Plague in India, 1896, 1897 - Volume 1
Year: 1896
Disease focus: Plague
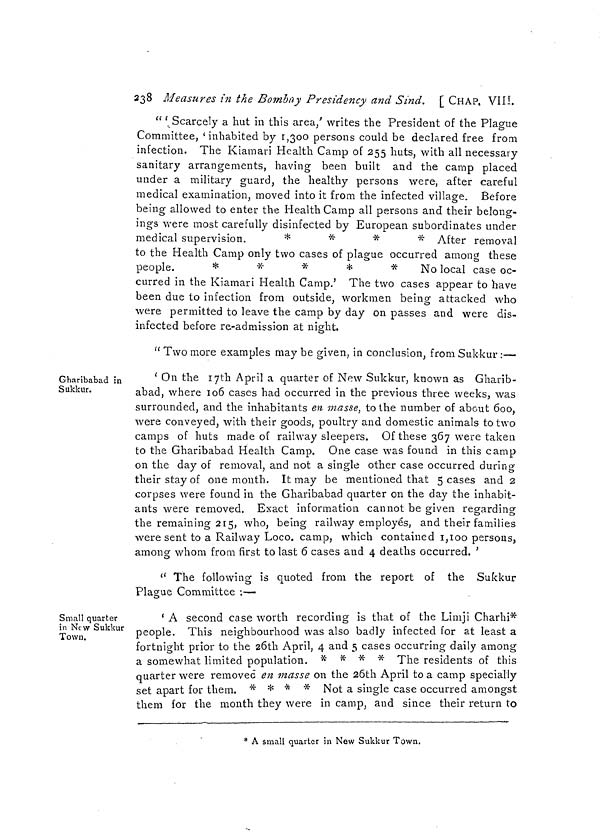
238 Measures in the Bombay Presidency and Sind. [ CHAP. VIII.
" ' Scarcely a hut in this area,' writes the President of the Plague
Committee, 'inhabited by 1,300 persons could be declared free from
infection. The Kiamari Health Camp of 255 huts, with all necessary
sanitary arrangements, having been built and the camp placed
under a military guard, the healthy persons were, after careful
medical examination, moved into it from the infected village. Before
being allowed to enter the Health Camp all persons and their belong-
ings were most carefully disinfected by European subordinates under
medical supervision.
*
*
*
* After removal
to the Health Camp only two cases of plague occurred among these
people.
*
*
*
*
*
No local case oc-
curred in the Kiamari Health Camp.' The two cases appear to have
been due to infection from outside, workmen being attacked who
were permitted to leave the camp by day on passes and were dis-
infected before re-admission at night.
" Two more examples may be given, in conclusion, from Sukkur :—
Gharibabad in
Sukkur.
' On the 17th April a quarter of New Sukkur, known as Gharib-
abad, where 106 cases had occurred in the previous three weeks, was
surrounded, and the inhabitants en masse, to the number of about 600,
were conveyed, with their goods, poultry and domestic animals to two
camps of huts made of railway sleepers. Of these 367 were taken
to the Gharibabad Health Camp. One case was found in this camp
on the day of removal, and not a single other case occurred during
their stay of one month. It may be mentioned that 5 cases and 2
corpses were found in the Gharibabad quarter on the day the inhabit-
ants were removed. Exact information cannot be given regarding
the remaining 215, who, being railway employés, and their families
were sent to a Railway Loco, camp, which contained 1,100 persons,
among whom from first to last 6 cases and 4 deaths occurred.'
" The following is quoted from the report of the Sukkur
Plague Committee :—
Small quarter
in New Sukkur
Town.
' A second case worth recording is that of the Limji Charhi*
people. This neighbourhood was also badly infected for at least a
fortnight prior to the 26th April, 4 and 5 cases occurring daily among
a somewhat limited population. * * * * The residents of this
quarter were removed en masse on the 26th April to a camp specially
set apart for them. * * * * Not a single case occurred amongst
them for the month they were in camp, and since their return to
* A small quarter in New Sukkur Town.